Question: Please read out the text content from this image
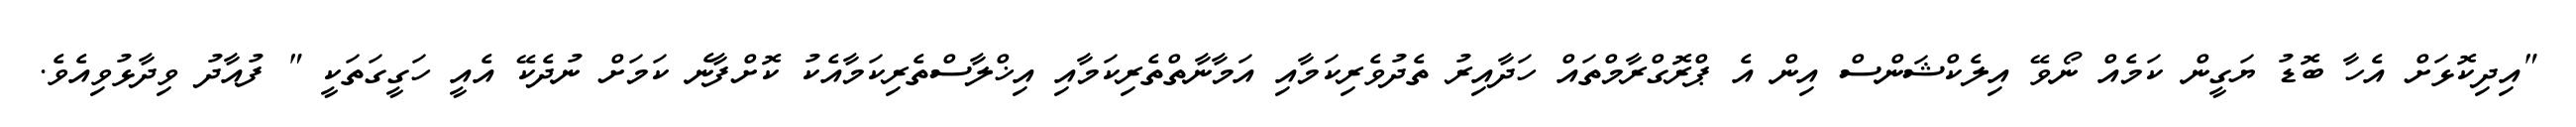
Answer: "އިދިކޮޅަށް އެހާ ބޮޑު ޔަގީން ކަމެއް ނޯވޭ އިލެކްޝަންސް އިން އެ ޕްރޮގްރާމްތައް ހަދާއިރު ތެދުވެރިކަމާއި އަމާނާތްތެރިކަމާއި އިޚްލާސްތެރިކަމާއެކު ކޮށްފާނެ ކަމަށް ނުދެކޭ އެއީ ހަގީގަތަކީ " ފުއާދު ވިދާޅުވިއެވެ.